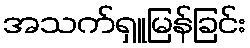
အသက်ရှူမြန်ခြင်း